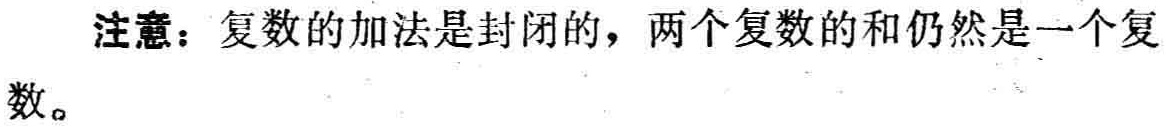
注意：复数的加法是封闭的，两个复数的和仍然是一个复数。